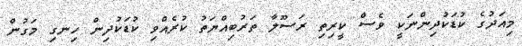
މިއަދުގެ ކުޑަކުދިންނަކީ ވެސް ކީރިތި ރަސޫލާ ތަރުބިއްޔަތު ކުރެއްވި ކުޑަކުދިން ހިނގި މަގުން